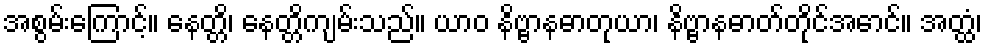
အစွမ်းကြောင့်။ နေတ္တိ၊ နေတ္တိကျမ်းသည်။ ယာဝ နိဗ္ဗာနဓာတုယာ၊ နိဗ္ဗာနဓာတ်တိုင်အောင်။ အတ္ထံ၊